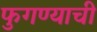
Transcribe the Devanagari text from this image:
फुगण्याची